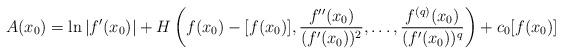
LaTeX: \begin{align*}A(x_0) = \ln |f^\prime(x_0)| + H\left( f(x_0) - [f(x_0)],\frac{f^{\prime \prime}(x_0)}{(f^\prime(x_0))^2}, \ldots,\frac{f^{(q)}(x_0)}{(f^\prime(x_0))^q} \right) + c_0 [f(x_0)]\end{align*}